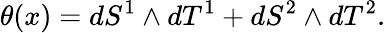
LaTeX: \theta(x)=dS^{1}\wedge dT^{1}+dS^{2}\wedge dT^{2}.